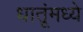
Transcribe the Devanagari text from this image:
धातूंमध्ये